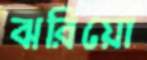
ঝরিয়ো